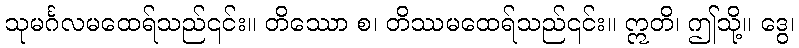
သုမင်္ဂလမထေရ်သည်၎င်း။ တိဿော စ၊ တိဿမထေရ်သည်၎င်း။ ဣတိ၊ ဤသို့။ ဒွေ၊